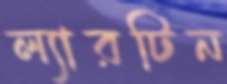
ল্যারটিন